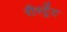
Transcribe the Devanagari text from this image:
रीस्ट्रेंट